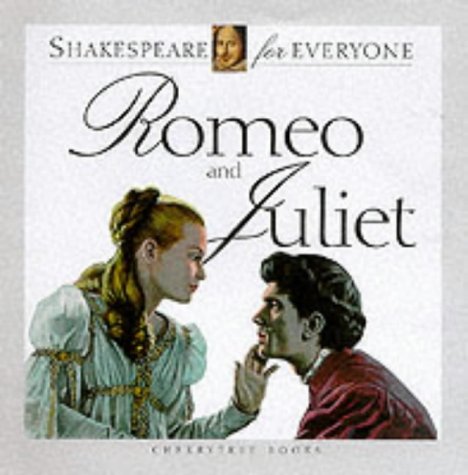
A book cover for Romeo and Juliet (Shakespeare for Everyone); Jennifer Mulherin; Literature & Fiction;